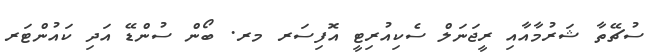
ސުޗޭތާ ޝަރުމާއާއި ރީޖަނަލް ސެކިއުރިޓީ އޮފިސަރ މރ. ބޯން ސުންޑޭ އަދި ކައުންޓަރ